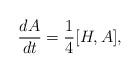
LaTeX: \begin{align*}\frac{dA}{dt}=\frac{1}{4}[H,A] ,\end{align*}